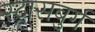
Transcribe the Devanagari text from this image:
स्ट्रासबुर्ग